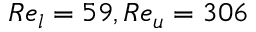
R e _ { l } = 5 9 , R e _ { u } = 3 0 6